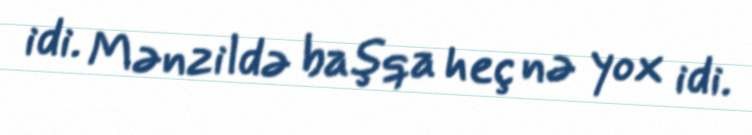
idi. Mənzildə başqa heç nə yox idi.